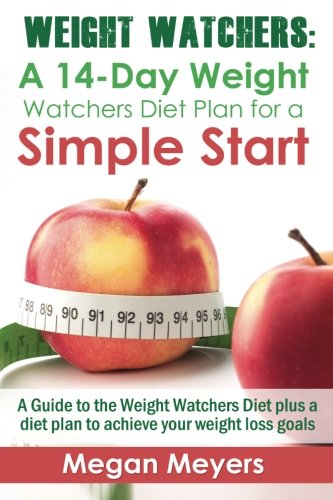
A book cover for Weight Watchers: A 14-Day Weight Watchers Diet Plan for a Simple Start: A Guide to the Weight Watchers Diet plus a diet plan to achieve your weight loss goals (Volume 1); Megan Meyers; Health, Fitness & Dieting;